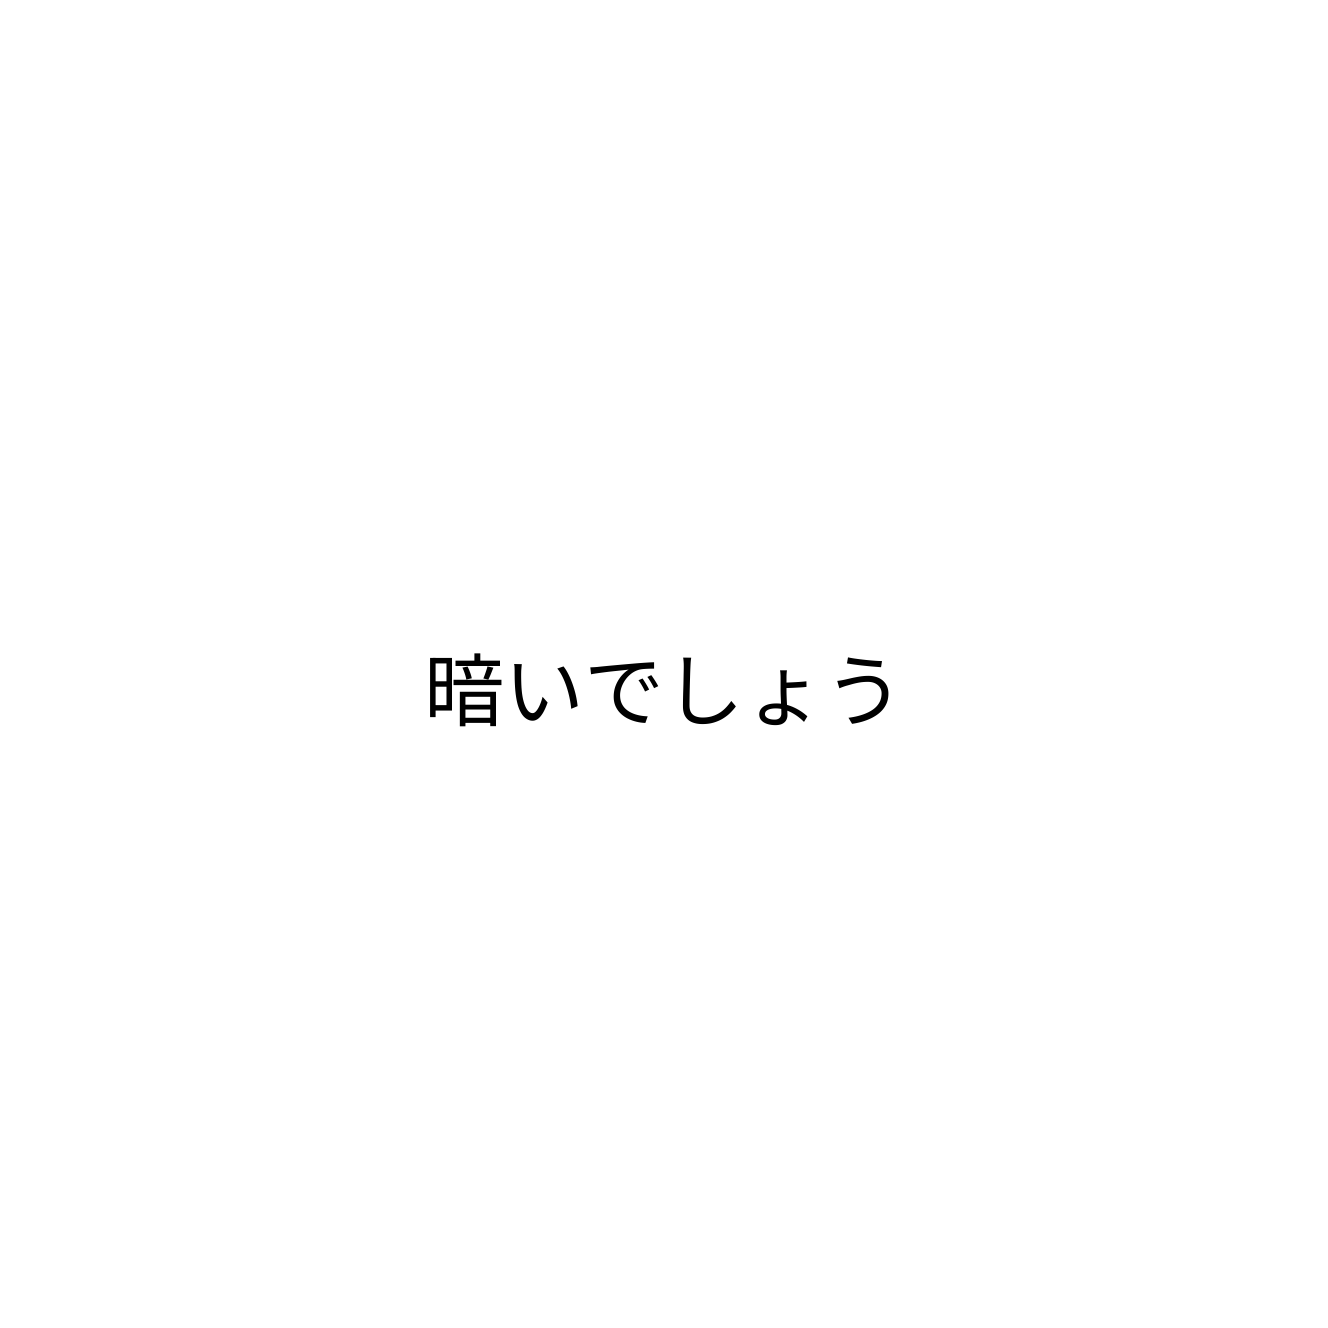
暗いでしょう